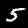
Label: 5